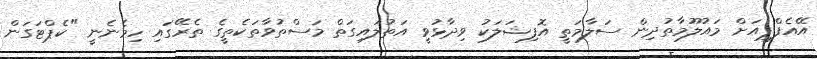
އޭއެފްޕީއަށް މައުލޫމާތުދިން ސަލާމަތީ އޮފިޝަލަކު ވިދާޅުވީ އަތުލައިގަތް މަސްތުވާތަކެތީގެ ތެރޭގައި ހިމެނެނީ "ކެޕްޓަގަން